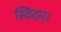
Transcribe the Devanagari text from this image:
स्विदम्।